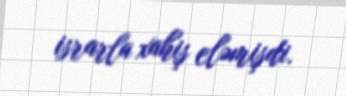
israrla xahiş eləmişdi.